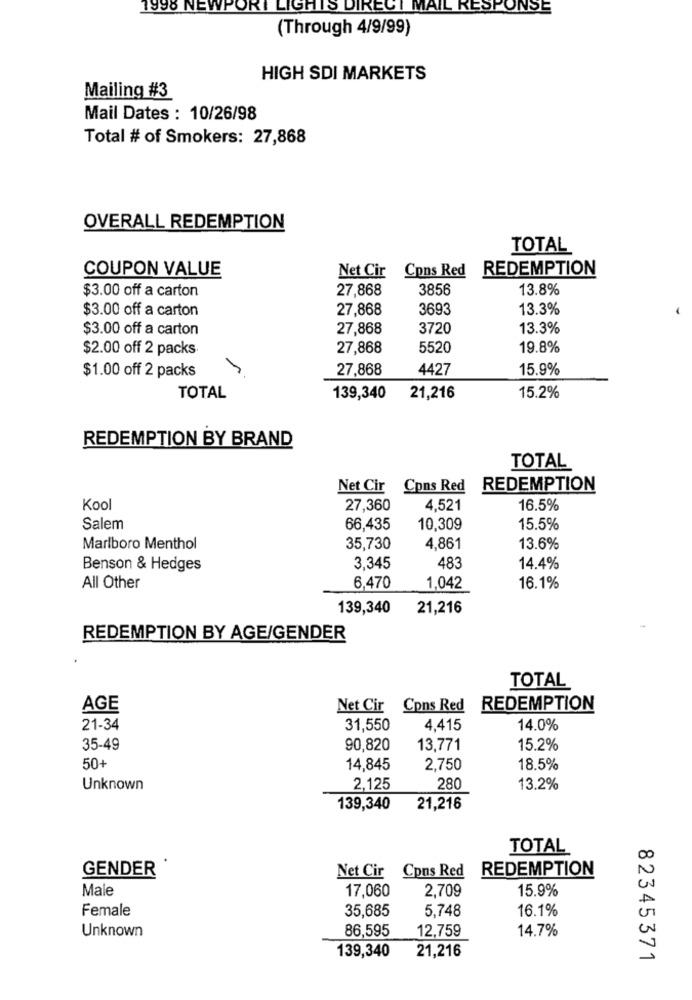
1998 NEWPO
ORI LIGHTS DIRECT MAIL RESPONSE
(Through 4/9/99)
HIGH SDI MARKETS
Mailing #3
Mail Dates : 10/26/98
Total # of Smokers: 27,868
OVERALL REDEMPTION
TOTAL
COUPON VALUE
Net Cir Cons Red REDEMPTION
$3.00 off a carton
27,868
3856
13.8%
$3.00 off a carton
27,868
3693
13.3%
$3.00 off a carton
27,868
3720
13.3%
$2.00 off 2 packs.
27,868
5520
19.8%
27,868
4427
15.9%
$1.00 off 2 packs
TOTAL
139,340
21,216
15.2%
REDEMPTION BY BRAND
TOTAL
Net Cir Cons Red
REDEMPTION
Kool
27,360
4,521
16.5%
Salem
66,435
10,309
15.5%
Marlboro Menthol
35,730
4,861
13.6%
Benson & Hedges
3,345
483
14.4%
All Other
6,470
1.042
16.1%
139,340
21,216
REDEMPTION BY AGE/GENDER
TOTAL
AGE
Net Cir Cons Red
REDEMPTION
21-34
31,550
4.415
14.0%
35-49
90,820
13,771
15.2%
50+
14,845
2,750
18.5%
Unknown
2,125
280
13.2%
139,340
21,216
TOTAL
GENDER
Net Cir Cons Red
REDEMPTION
Male
17,060
2,709
15.9%
Female
35,685
5,748
16.1%
Unknown
86,595
12,759
14.7%
139,340
21,216
82345371